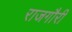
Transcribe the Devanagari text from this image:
राजगौरी